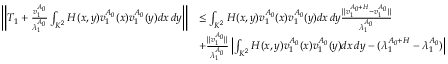
\begin{array} { r l } { \left\| T _ { 1 } + \frac { v _ { 1 } ^ { A _ { 0 } } } { \lambda _ { 1 } ^ { A _ { 0 } } } \int _ { K ^ { 2 } } H ( x , y ) v _ { 1 } ^ { A _ { 0 } } ( x ) v _ { 1 } ^ { A _ { 0 } } ( y ) d x \, d y \right\| } & { \le \int _ { K ^ { 2 } } H ( x , y ) v _ { 1 } ^ { A _ { 0 } } ( x ) v _ { 1 } ^ { A _ { 0 } } ( y ) d x \, d y \frac { \| v _ { 1 } ^ { A _ { 0 } + H } - v _ { 1 } ^ { A _ { 0 } } \| } { \lambda _ { 1 } ^ { A _ { 0 } } } } \\ & { + \frac { \| v _ { 1 } ^ { A _ { 0 } } \| } { \lambda _ { 1 } ^ { A _ { 0 } } } \left| \int _ { K ^ { 2 } } H ( x , y ) v _ { 1 } ^ { A _ { 0 } } ( x ) v _ { 1 } ^ { A _ { 0 } } ( y ) d x \, d y - ( \lambda _ { 1 } ^ { A _ { 0 } + H } - \lambda _ { 1 } ^ { A _ { 0 } } ) \right| } \end{array}